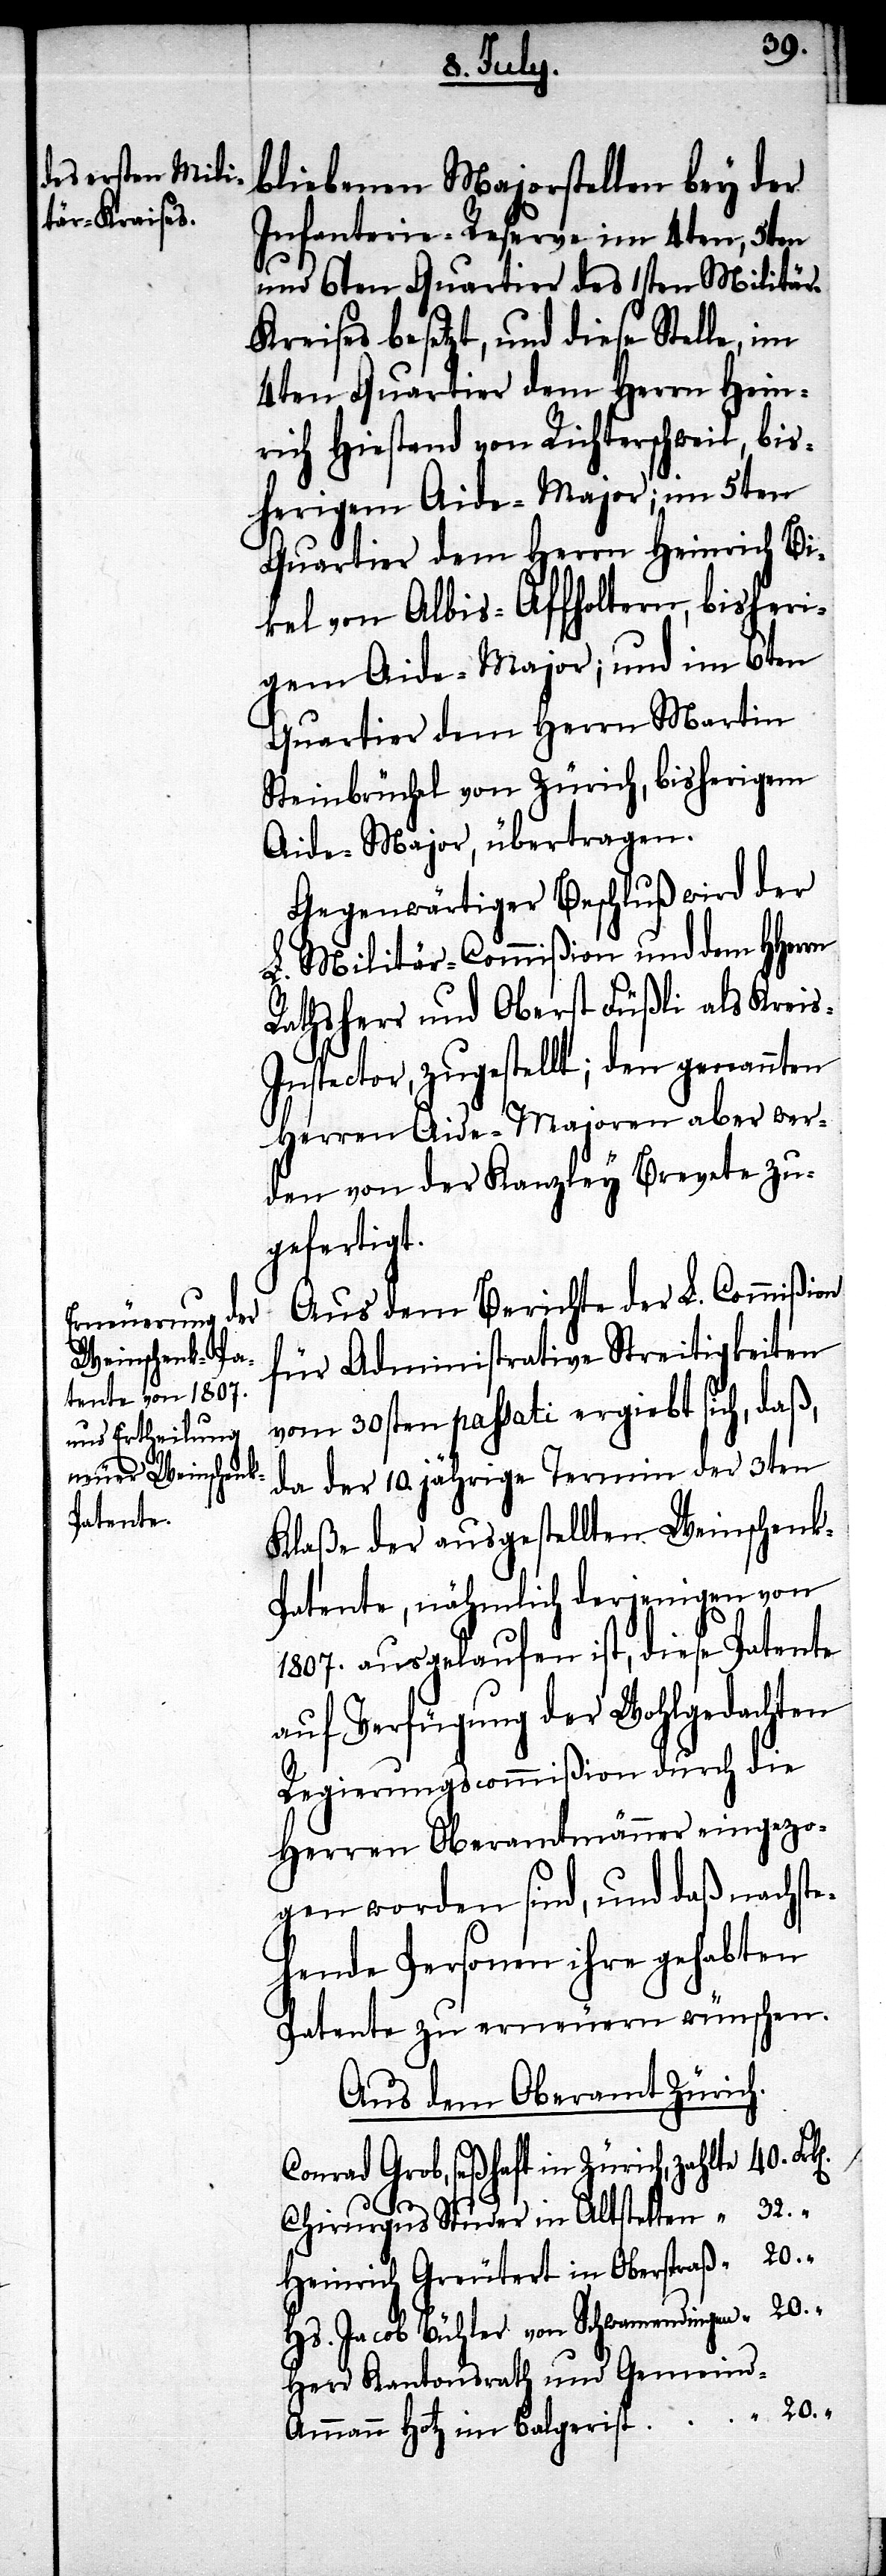
bliebenen Majorstellen bey der
Infanterie-Reserve im 4ten, 5ten
und 6ten Quartier des 1sten Militär-K¬
reises besetzt, und diese Stelle, im
4ten Quartier dem Herrn Hein¬
rich Hiestand von Richterschweil, bis¬
herigem Aide-Major; im 5ten
Quartier dem Herrn Heinrich Bi¬
kel von Albis-Affoltern, bisheri¬
gem Aide-Major; und im 6ten
Quartier dem Herrn Martin
Steinbrüchel von Zürich, bisherigem
Aide-Major, übertragen.
Gegenwärtiger Beschluß wird der
L. Militär-Commißion und dem HHerrn
Rathsherr und Oberst Füßli als Krei¬
s-Inspector, zugestellt; den genannten
Herren Aide-Majoren aber wer¬
den von der Kanzley Brevete zu¬
gefertigt.
Aus dem Berichte der L. Commißion
für Administrative Streitigkeiten
vom 30sten passati ergiebt sich, daß,
da der 10. jährige Termin der 3ten
Klaße der ausgestellten Weinschen¬
k-Patente, nähmlich derjenigen von
1807. ausgelaufen ist, diese Patente
auf Verfügung der Wohlgedachten
Regierungscommißion durch die
Herren Oberamtmänner eingezo¬
gen worden sind, und daß nachste¬
hende Personen ihre gehabten
Patente zu erneuern wünschen.
Aus dem Oberamt Zürich.
Conrad Grob, seßhaft in Zürich, zahlte
Chirurgus Studer in Altstetten
Heinrich Greutert in Oberstraß
Hs. Jacob Bühler von Schwamendingen
Herr Kantonsrath und Gemeind¬
sammann Hotz im Balgerist

20.